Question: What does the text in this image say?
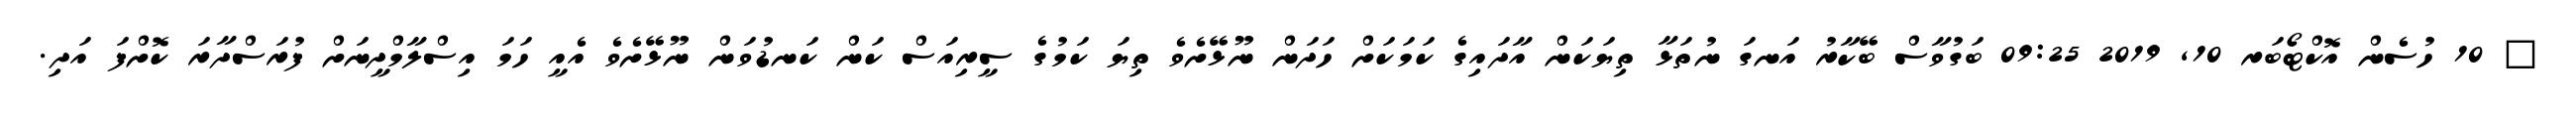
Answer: ? 10 ހުސެން އޮކްޓޯބަރ 10, 2019 09:25 ބަގުވާސް ބޭކާރު އަނގަ ނުތަޅާ ތިޔަކަން އާދައިގެ ކަމަކަށް ހަދަން ނޫޅޭށެވެ ތިޔަ ކަމުގެ ސީރިއަސް ކަން ކަނޑުވަން ނޫޅޭށެވެ އެއީ ހަމަ އިސްލާމްދީނަށް ފުރަސްދާރަ ކޮށްފަ އަދި.